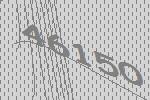
46150